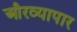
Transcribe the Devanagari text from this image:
औरव्यापार